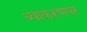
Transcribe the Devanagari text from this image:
व्याकरणपर